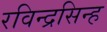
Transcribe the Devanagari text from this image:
रविन्द्रसिन्ह